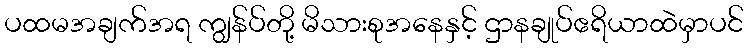
ပထမအချက်အရ ကျွန်ပ်တို့ မိသားစုအနေနှင့် ဌာနချုပ်ဧရိယာထဲမှာပင်